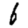
Digit: 6